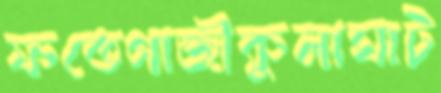
ফতেগাজীকুলাঘাট